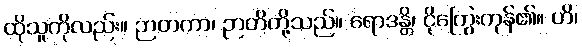
ထိုသူကိုလည်း။ ဉာတကာ၊ ဉာတိတို့သည်။ ရောဒန္တိ၊ ငိုကြွေးကုန်၏။ ဟိ၊